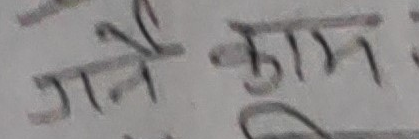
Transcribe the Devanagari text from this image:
गर्नै काम